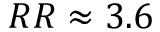
R R \approx 3 . 6 \